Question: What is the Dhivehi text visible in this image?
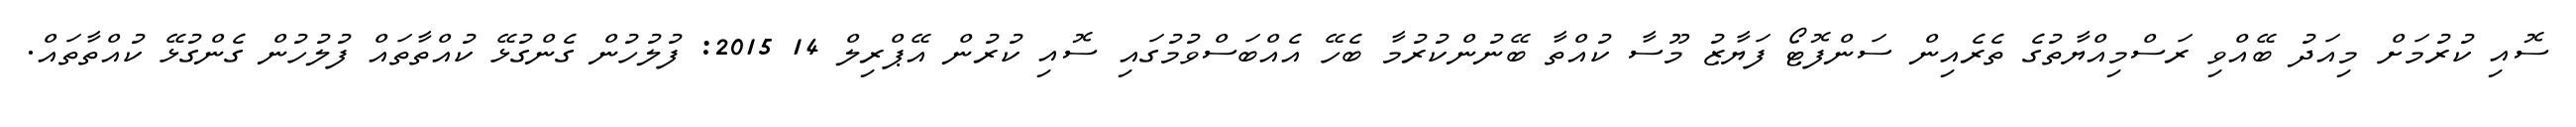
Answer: ސޮއި ކުރުމަށް މިއަދު ބޭއްވި ރަސްމިއްޔާތުގެ ތެރެއިން ސަންފޮޓޯ ފަޔާޒު މޫސާ ކުއްތާ ބޭނުންކުރުމާ ބެހޭ އެއްބަސްވުމުގައި ސޮއި ކުރުން އޭޕްރިލް 14 2015: ފުލުހުން ގެންގުޅޭ ކުއްތާތައް ފުލުހުން ގެންގުޅޭ ކުއްތާތައް.